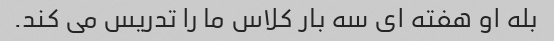
بله او هفته ای سه بار کلاس ما را تدریس می کند.